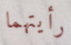
رأيتهما